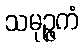
သမုဉ္ဇကံ